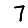
Digit: 7